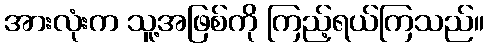
အားလုံးက သူ့အဖြစ်ကို ကြည့်ရယ်ကြသည်။